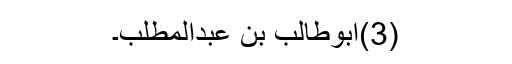
(3)ابوطالب بن عبدالمطلب۔